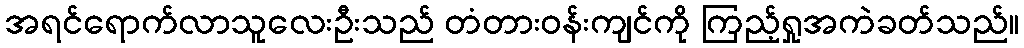
အရင်ရောက်လာသူလေးဦးသည် တံတားဝန်းကျင်ကို ကြည့်ရှုအကဲခတ်သည်။